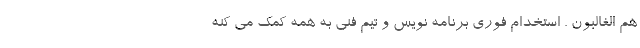
هم الغالبون . استخدام فوری برنامه نویس و تیم فنی به همه کمک می کنه